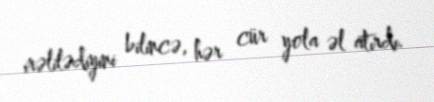
irəlilədiyini bilincə, hər cür yola əl atırdı.